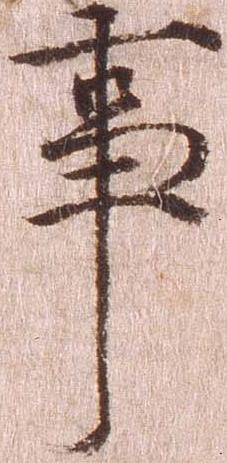
事